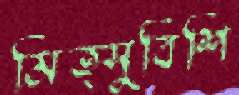
মিত্সুবিশি